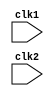
module pipe_mips32(clk1, clk2);
    input clk1 , clk2;                // two phase clock

    reg [31:0] PC, IF_ID_IR, IF_ID_NPC; 
    reg [31:0] ID_EX_IR, ID_EX_NPC, ID_EX_A, ID_EX_B, ID_EX_Imm;
    reg [2:0] ID_EX_type, EX_MEM_type, MEM_WB_type;
    reg [31:0] EX_MEM_IR, EX_MEM_ALUOut, EX_MEM_B;
    reg        EX_MEM_cond;
    reg [31:0] MEM_WB_IR, MEM_WB_ALUOut, MEM_WB_LMD;
    reg [31:0] Reg [0:31];  // register bank (32 x 32) 
    // there are 32 registers from 0 to 31 each of 32 bits
    reg [31:0] Mem [0:1023]; // 1024 x 32 memory

    // there are 1024 words in memory each of 32 bits

    reg HALTED, TAKEN_BRANCH;

    // below are the opcodes of the instructions. We are using parameters so that the code is readable
    
    parameter ADD = 6'b000000, SUB = 6'b000001, AND = 6'b000010, OR = 6'b000011;
    parameter SLT = 6'b000100, MUL = 6'b000101, HLT = 6'b111111, LW = 6'b001000;
    parameter SW = 6'b001001, ADDI = 6'b001010, SUBI = 6'b001011, SLTI = 6'b001100;
    parameter BNEQZ = 6'b001101 , BEQZ = 6'b001110;

    // below parameters indicate the type of instruction that is executed. 
    // whether it is register - register instruction, or load instruction etc.

    parameter RR_ALU = 3'b000, RM_ALU = 3'b001, LOAD = 3'b010, STORE = 3'b011, BRANCH = 3'b100, HALT = 3'b101;

    // below are the five stages of processor  

    always @(posedge clk1)        // IF STAGE
        if(HALTED == 0)
        begin
             if(((EX_MEM_IR[31: 26] == BEQZ) && (EX_MEM_cond == 1)) || ((EX_MEM_IR[31:26] == BNEQZ) && (EX_MEM_cond == 0)))
             begin
                    IF_ID_IR        <= #2 Mem[EX_MEM_ALUOut];
                    TAKEN_BRANCH    <= #2 1'b1; 
                    IF_ID_NPC       <= #2 EX_MEM_ALUOut + 1;
                    PC              <= #2 EX_MEM_ALUOut + 1; 
             end
             else 
             begin
                IF_ID_IR            <= #2 Mem[PC];
                IF_ID_NPC           <= #2 PC + 1;
                PC                  <= #2 PC + 1;
             end
        end
    always @(posedge clk2)   // ID STAGE
        if(HALTED == 0)
        begin
                if(IF_ID_IR[25:21] == 5'b00000)
                    ID_EX_A <= 0;
                else
                    ID_EX_A <= #2 Reg[IF_ID_IR[25:21]]; // "rs"
                
                if(IF_ID_IR[20:16] == 5'b00000)
                    ID_EX_B <= 0;
                else 
                    ID_EX_B <= #2 Reg[IF_ID_IR[20:16]]; // "rt"

                ID_EX_NPC   <= #2 IF_ID_NPC;
                ID_EX_IR    <= #2 IF_ID_IR;
                ID_EX_Imm   <= #2 {{16{IF_ID_IR[15]}}, {IF_ID_IR[15:0]}};   // sign extension
                // the signed bit is replicated in sign extension, so we take the 15th bit and replicate it 16 times and then concatenate with the bits 15 to 0.
                
                case(IF_ID_IR[31:26])
                    ADD, SUB, AND, OR, SLT, MUL : ID_EX_type <= #2 RR_ALU;
                    ADDI, SUBI, SLTI            : ID_EX_type <= #2 RM_ALU;
                    LW                          : ID_EX_type <= #2 LOAD;
                    SW                          : ID_EX_type <= #2 STORE;
                    BEQZ, BNEQZ                 : ID_EX_type <= #2 BRANCH;
                    HLT                         : ID_EX_type <= #2 HALT;
                    default                     : ID_EX_type <= #2 HALT; // INVALID OPCODE
                endcase
        end
    always @(posedge clk1)      // EX STAGE
        if(HALTED == 0)
        begin
                //below three register values are forwaded to next stage
                EX_MEM_type         <= #2 ID_EX_type;  
                EX_MEM_IR           <= #2 ID_EX_IR;
                TAKEN_BRANCH        <= #2 0;

                case(ID_EX_type)  // check for type of instruction
                    RR_ALU      :   begin
                                        case(ID_EX_IR[31:26]) // "opcode checking"
                                            ADD     : EX_MEM_ALUOut <= #2 ID_EX_A + ID_EX_B;
                                            SUB     : EX_MEM_ALUOut <= #2 ID_EX_A - ID_EX_B;
                                            AND     : EX_MEM_ALUOut <= #2 ID_EX_A & ID_EX_B;
                                            OR      : EX_MEM_ALUOut <= #2 ID_EX_A | ID_EX_B;
                                            SLT     : EX_MEM_ALUOut <= #2 ID_EX_A < ID_EX_B;
                                            MUL     : EX_MEM_ALUOut <= #2 ID_EX_A * ID_EX_B;
                                            default : EX_MEM_ALUOut <= #2 32'hxxxxxxxx;
                                        endcase
                                    end 

                    RM_ALU      :   begin 
                                        case(ID_EX_IR[31:26])
                                            ADDI    : EX_MEM_ALUOut <= #2 ID_EX_A + ID_EX_Imm;
                                            SUBI    : EX_MEM_ALUOut <= #2 ID_EX_A - ID_EX_Imm;
                                            SLTI    : EX_MEM_ALUOut <= #2 ID_EX_A < ID_EX_Imm;
                                            default : EX_MEM_ALUOut <= #2 32'hxxxxxxxx;
                                        endcase
                                    end
                    
                    LOAD, STORE :   begin 
                                        EX_MEM_ALUOut   <= #2 ID_EX_A + ID_EX_Imm; // this will give us address of memory which will be stored in ALUOut.
                                        EX_MEM_B        <= #2 ID_EX_B;              // value of B is forwarded to next stage
                                    end
                    
                    BRANCH      :   begin 
                                        EX_MEM_ALUOut   <= #2 ID_EX_NPC + ID_EX_Imm;  // calculating the target address if branch has to be taken
                                        EX_MEM_cond     <= #2 (ID_EX_A == 0);
                                    end

                endcase
        end

        always @(posedge clk2)              // MEM STAGE
            if(HALTED == 0)
            begin
                    MEM_WB_type     <= #2 EX_MEM_type; 
                    MEM_WB_IR       <= #2 EX_MEM_IR;
                    case(EX_MEM_type)
                        RR_ALU, RM_ALU  : MEM_WB_ALUOut         <= #2 EX_MEM_ALUOut;
                        LOAD            : MEM_WB_LMD            <= #2 Mem[EX_MEM_ALUOut];
                        STORE           : if(TAKEN_BRANCH == 0)             // disable write
                                            Mem[EX_MEM_ALUOut]  <= #2 EX_MEM_B;
                    endcase
            end

        always @(posedge clk1)      // WB STAGE
        begin
                if(TAKEN_BRANCH == 0)           // disable write if branch taken
                    case(MEM_WB_type)
                        RR_ALU  : Reg[MEM_WB_IR[15:11]]     <= #2 MEM_WB_ALUOut;  // "rd" 
                        RM_ALU  : Reg[MEM_WB_IR[20:16]]     <= #2 MEM_WB_ALUOut;  // "rt"
                        LOAD    : Reg[MEM_WB_IR[20:16]]     <= #2 MEM_WB_LMD;     // "rt"
                        HALT    : HALTED                    <= #2 1'b1;
                    endcase
        end
        
endmodule